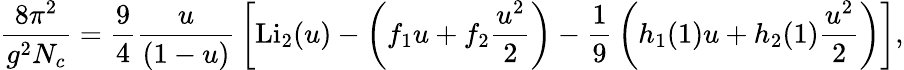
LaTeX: {\frac{8\pi^{2}}{g^{2}N_{c}}}={\frac{9}{4}}{\frac{u}{(1-u)}}\left[\mathrm{Li}_{2}(u)-\left(f_{1}u+f_{2}{\frac{u^{2}}{2}}\right)-{\frac{1}{9}}\left(h_{1}(1)u+h_{2}(1){\frac{u^{2}}{2}}\right)\right],